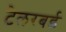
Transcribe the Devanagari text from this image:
टेलरबर्ड